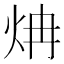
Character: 𬊁